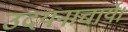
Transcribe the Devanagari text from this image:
उदयनाचार्य।